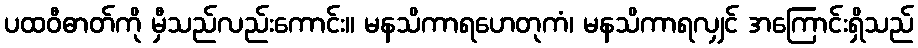
ပထဝီဓာတ်ကို မှီသည်လည်းကောင်း။ မနသိကာရဟေတုကံ၊ မနသိကာရလျှင် အကြောင်းရှိသည်